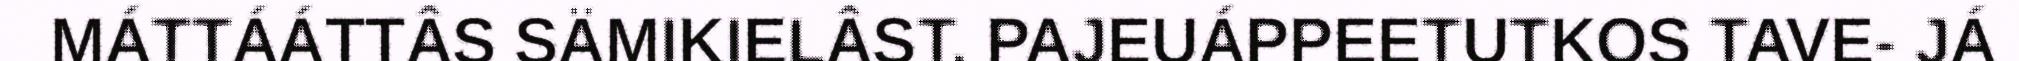
MÁTTÁÁTTÂS SÄMIKIELÂST. PAJEUÁPPEETUTKOS TAVE- JÁ